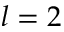
l = 2